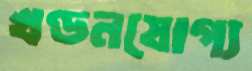
খণ্ডনযোগ্য